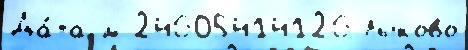
Да́та м 24605414126 Лыково